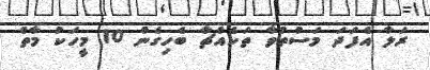
ރަލާ އެފަދަ މަސްތުވާ ތަކެއްޗާ ބެހިގެން 10 މީހަކު މާތް